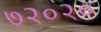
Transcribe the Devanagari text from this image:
७२०२०